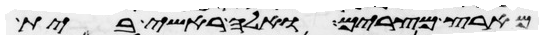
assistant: מארץ מצרים ואלה ראשי בית